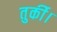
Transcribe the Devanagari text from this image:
तुर्की।